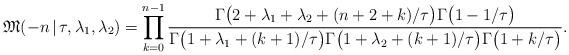
LaTeX: \begin{align*}\mathfrak{M}(-n\,|\,\tau,\lambda_1,\lambda_2) = \prod_{k=0}^{n-1}\frac{\Gamma\bigl(2+\lambda_1+\lambda_2+(n+2+k)/\tau\bigr)\Gamma\bigl(1-1/\tau\bigr) }{\Gamma\bigl(1+\lambda_1+(k+1)/\tau\bigr)\Gamma\bigl(1+\lambda_2+(k+1)/\tau\bigr)\Gamma\bigl(1+k/\tau\bigr) }. \end{align*}